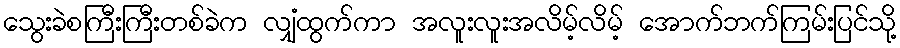
သွေးခဲစကြီးကြီးတစ်ခဲက လျှံထွက်ကာ အလူးလူးအလိမ့်လိမ့် အောက်ဘက်ကြမ်းပြင်သို့